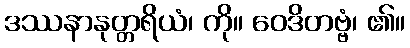
ဒဿနာနုတ္တရိယံ၊ ကို။ ဝေဒိတဗ္ဗံ၊ ၏။